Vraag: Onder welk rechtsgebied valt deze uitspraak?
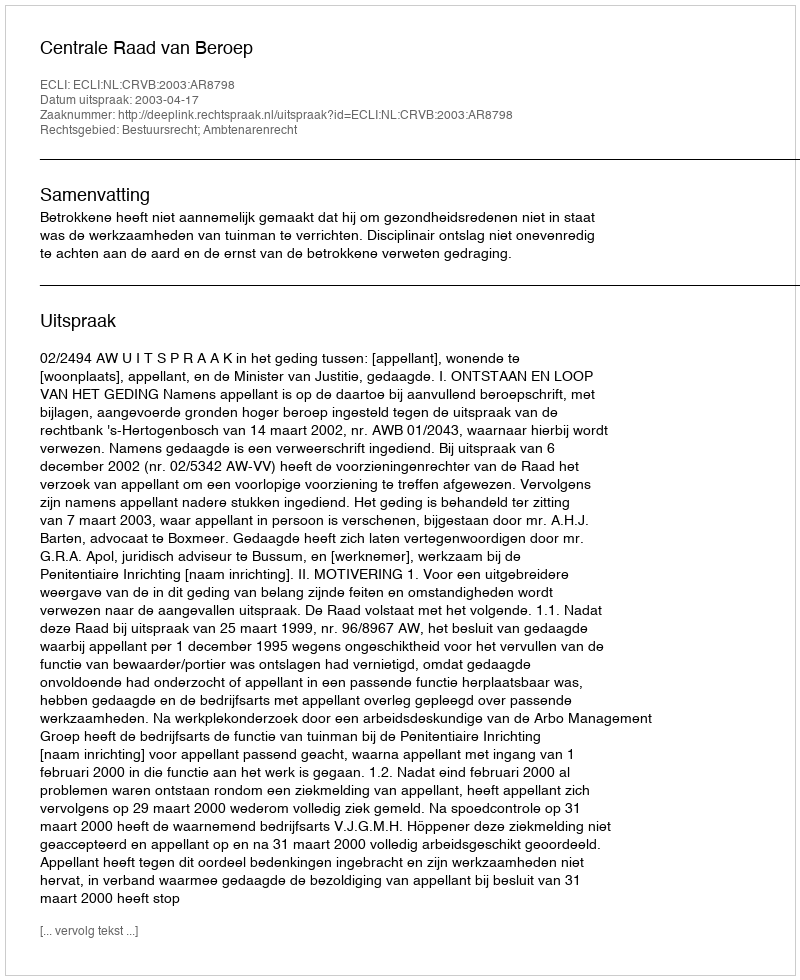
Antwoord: Bestuursrecht; Ambtenarenrecht